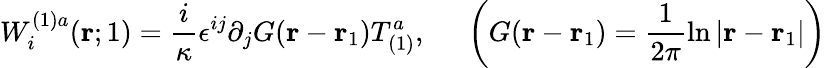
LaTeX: W_{i}^{(1)a}({\mathbf r};1)=\frac{i}{\kappa}\epsilon^{ij}\partial_{j}G({\mathbf r}-{\mathbf r}_{1})T_{(1)}^{a},~~~~~\left(G({\mathbf r}-{\mathbf r}_{1})=\frac{1}{2\pi}\ln|{\mathbf r}-{\mathbf r}_{1}|\right)